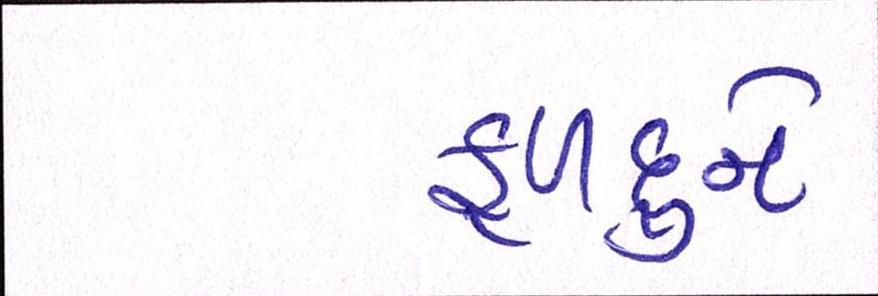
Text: ફળદુને